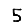
Digit: 5